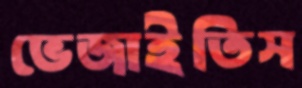
ভেজাইতিস